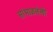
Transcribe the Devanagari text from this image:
सांभाळलेली